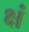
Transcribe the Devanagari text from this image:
क्षं